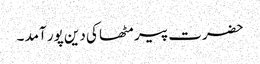
حضرت پیر مٹھا کی دین پور آمد ۔